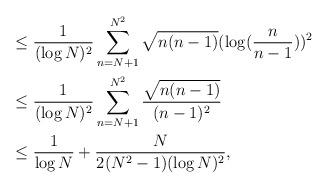
\begin{align*}&\leq \frac{1}{(\log N)^{2}}\displaystyle\sum_{n=N+1}^{N^{2}}\sqrt{n(n-1)}(\log(\frac{n}{n-1}))^2\\& \leq\frac{1}{(\log N)^{2}}\displaystyle\sum_{n=N+1}^{N^{2}}\frac{\sqrt{n(n-1)}}{(n-1)^{2}}\\& \leq \frac{1}{\log N} + \frac{N}{2(N^2-1)(\log N)^{2}},\end{align*}